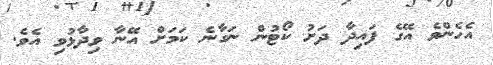
އެހެންވެ އޭގެ ފައިދާ ދަށު ކޯޓުން ނަގާނެ ކަމަށް އޭނާ ވިދާޅުވި އެވެ.